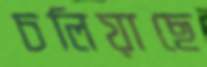
চলিয়াছে